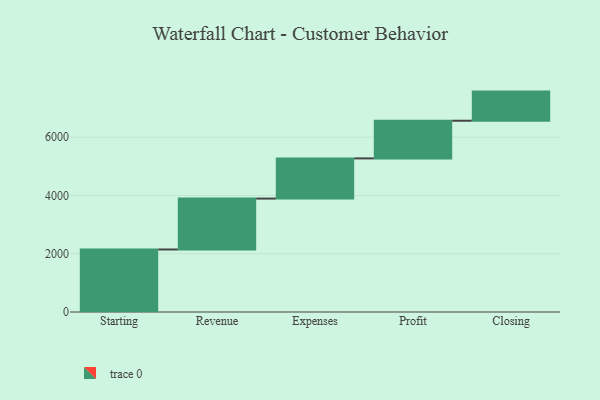
{"axis": {"x": "Step", "y": "Value"}, "legend": [""], "data": [{"x": "Starting", "y": 2146.0, "type": ""}, {"x": "Revenue", "y": 1747.0, "type": ""}, {"x": "Expenses", "y": 1379.0, "type": ""}, {"x": "Profit", "y": 1293.0, "type": ""}, {"x": "Closing", "y": 1000, "type": ""}]}